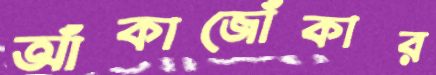
আঁকাজোঁকার